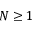
N \ge 1